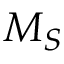
M _ { S }